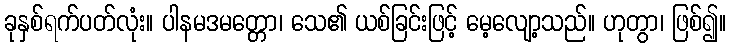
ခုနှစ်ရက်ပတ်လုံး။ ပါနမဒမတ္တော၊ သေ၏ ယစ်ခြင်းဖြင့် မေ့လျော့သည်။ ဟုတွာ၊ ဖြစ်၍။